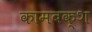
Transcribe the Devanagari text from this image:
कामबक्श